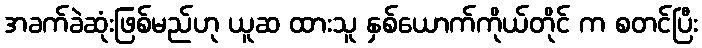
အခက်ခဲဆုံးဖြစ်မည်ဟု ယူဆ ထားသူ နှစ်ယောက်ကိုယ်တိုင် က စတင်ပြီး